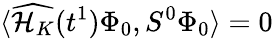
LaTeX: \langle\widehat{\mathcal{H}_{K}}(t^{1})\Phi_{0},S^{0}\Phi_{0}\rangle=0